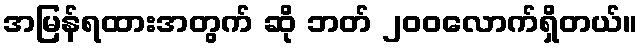
အမြန်ရထားအတွက် ဆို ဘတ် ၂၀၀လောက်ရှိတယ်။